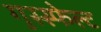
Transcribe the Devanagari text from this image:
गुस्स्फेल्ट